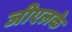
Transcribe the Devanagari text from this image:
जीएलके